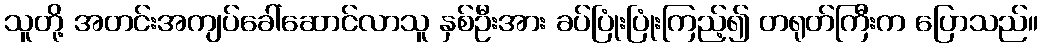
သူတို့ အတင်းအကျပ်ခေါ်ဆောင်လာသူ နှစ်ဦးအား ခပ်ပြုံးပြုံးကြည့်၍ တရုတ်ကြီးက ပြောသည်။